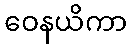
ဝေနယိကာ